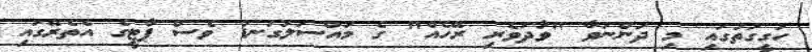
ހަގީގަތުގައި މި ދަންނަވާ "ވާދަވެރި ރޭހެއް" ގެ މައްސަލަގަނޑު ވެސް ޕާޓީގެ އެތެރޭގައި